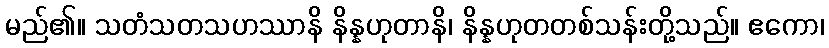
မည်၏။ သတံသတသဟဿာနိ နိန္နဟုတာနိ၊ နိန္နဟုတတစ်သန်းတို့သည်။ ဧကော၊